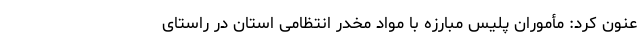
عنون کرد: مأموران پلیس مبارزه با مواد مخدر انتظامی استان در راستای